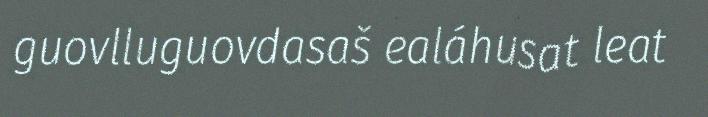
guovlluguovdasaš ealáhusat leat